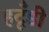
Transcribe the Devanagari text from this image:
हटूँडी